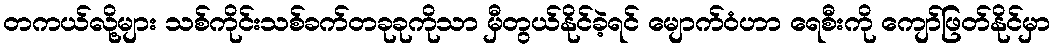
တကယ်လို့များ သစ်ကိုင်းသစ်ခက်တခုခုကိုသာ မှီတွယ်နိုင်ခဲ့ရင် မျောက်ဝံဟာ ရေစီးကို ကျော်ဖြတ်နိုင်မှာ